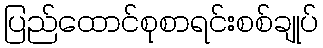
ပြည်ထောင်စုစာရင်းစစ်ချုပ်